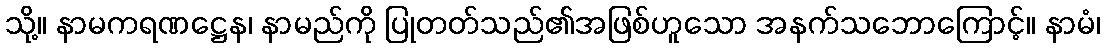
သို့။ နာမကရဏဋ္ဌေန၊ နာမည်ကို ပြုတတ်သည်၏အဖြစ်ဟူသော အနက်သဘောကြောင့်။ နာမံ၊